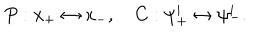
LaTeX: P : x _ { + } \leftrightarrow x _ { - } , ~ C : \psi _ { + } ^ { i } \leftrightarrow \psi _ { - } ^ { i } .